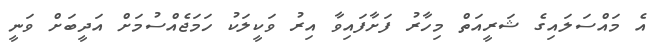
އެ މައްސަލައިގެ ޝަރީއަތް މިހާރު ފަށާފައިވާ އިރު ވަކީލަކު ހަމަޖެއްސުމަށް އަދީބަށް ވަނީ